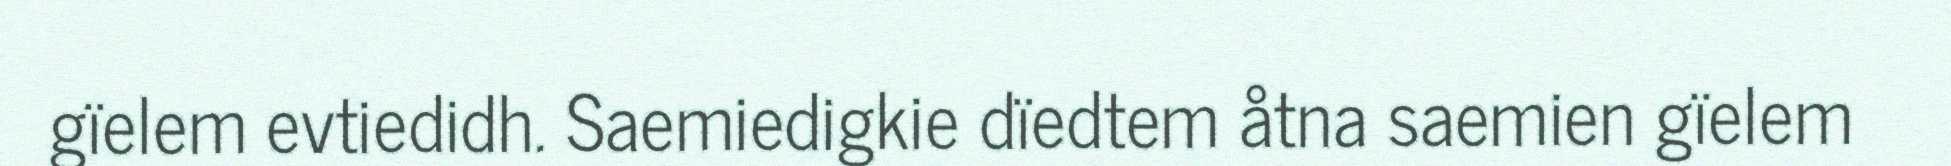
gïelem evtiedidh. Saemiedigkie dïedtem åtna saemien gïelem